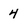
Character: 4